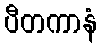
ပီတကာနံ